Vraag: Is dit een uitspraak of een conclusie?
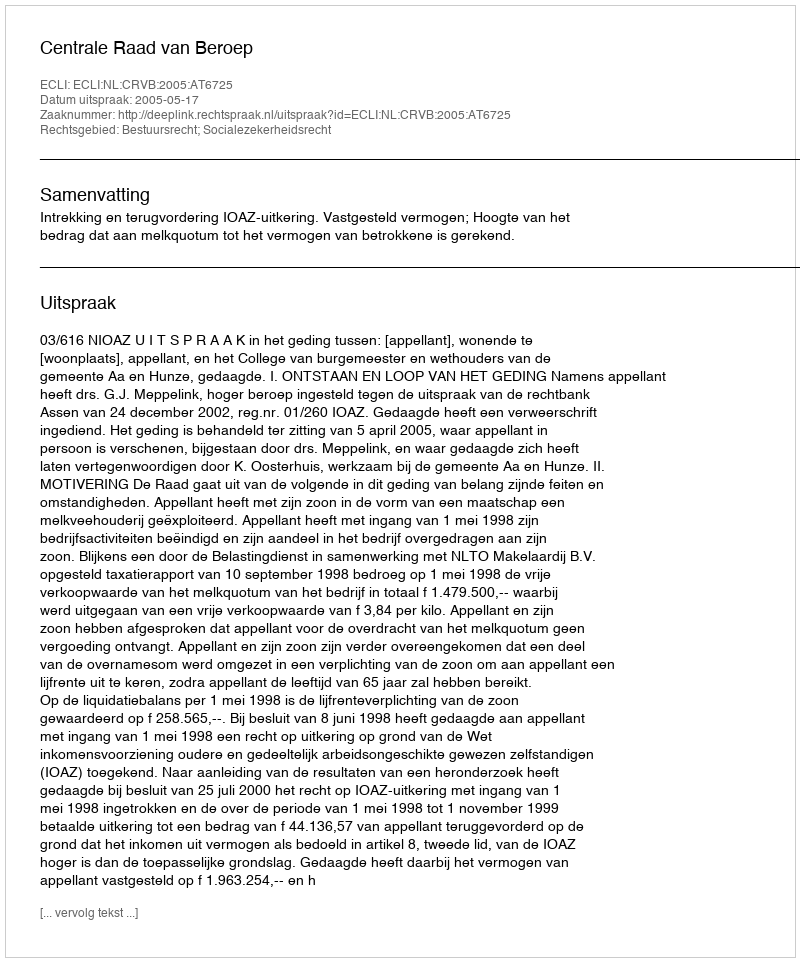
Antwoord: Uitspraak